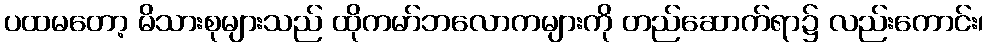
ပထမတော့ မိသားစုများသည် ထိုကမာ်ဘလောကများကို တည်ဆောက်ရာ၌ လည်းကောင်း၊